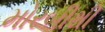
મોરબીથી